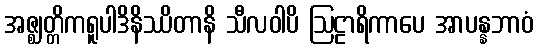
အဇ္ဈတ္တိကရူပါဒိနိဿိတာနိ သီလဝါပိ ဩဠာရိကာပေ အာပန္နဘာဝံ